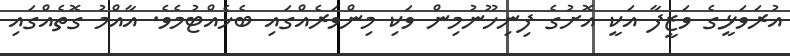
އުރަވަޅީގެ ވަޒީފާ އަކީ އޮށުގެ ފިނިހޫނުމިން ވަކި މިންވަރެއްގައި ބެހެއްޓުމެވެ. އާއްމު ގޮތެއްގައި